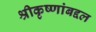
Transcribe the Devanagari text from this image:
श्रीकृष्णांबद्दल